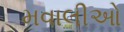
મવાલીઓ